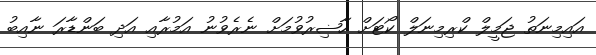
އައިމިނަތު ޖަމީލް ކްރިމިނަލް ކޯޓަށް ހާޟިރުވުމަށް ނެރެވުނު އަމުރާއި އަދި ބަންޑާރަ ނާއިބު